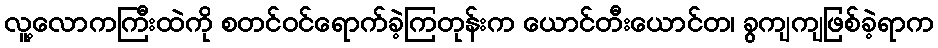
လူ့လောကကြီးထဲကို စတင်ဝင်ရောက်ခဲ့ကြတုန်းက ယောင်တီးယောင်တ၊ ခွကျကျဖြစ်ခဲ့ရာက